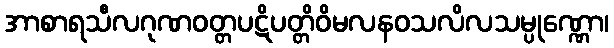
အာစာရသီလဂုဏဝတ္တပဋိပတ္တိဝိမလနဝသလိလသမ္ပုဏ္ဏော၊